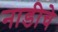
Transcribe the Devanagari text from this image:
नाडीचे